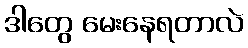
ဒါတွေ မေးနေရတာလဲ